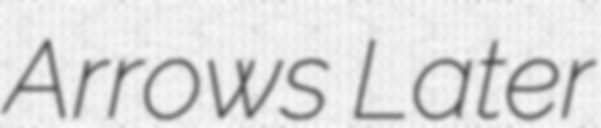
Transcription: Arrows Later